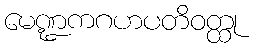
မေဏ္ဍကဂဟပတိဝတ္ထု